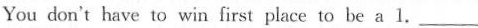
You don't have to win first place to be a 1. ___